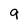
Character: 9